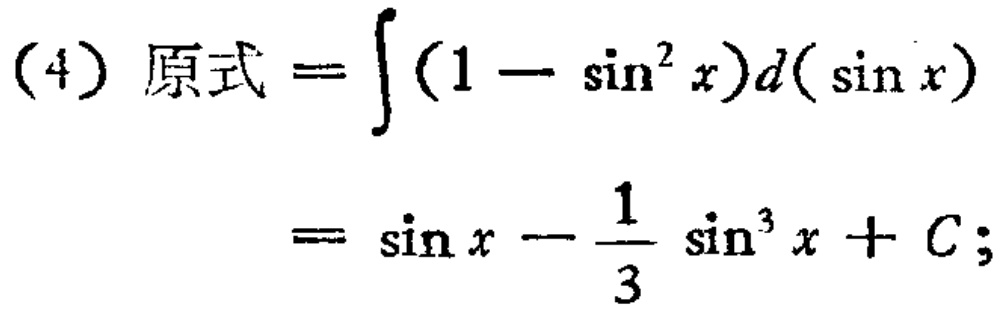
(4) 原式 \(=\int(1 - \sin^{2}x)d(\sin x)\)
\(= \sin x - \frac{1}{3} \sin^{3}x + C;\)